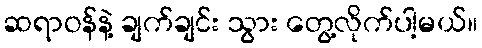
ဆရာဝန်နဲ့ ချက်ချင်း သွား တွေ့လိုက်ပါ့မယ်။